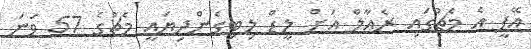
އޭޕީ އެ މެޗުގައި ރެއާލް އަށް ލީޑް ލިބިގެންދިޔައީ މެޗުގެ 57 ވަނަ